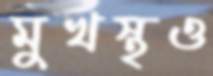
মুখস্থও